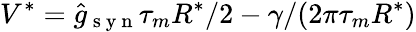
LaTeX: V^{*}=\hat{g}_{\mathrm{~s~y~n~}}\tau_{m}R^{*}/2-\gamma/(2\pi\tau_{m}R^{*})